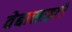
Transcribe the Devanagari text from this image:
वेबासाइटों